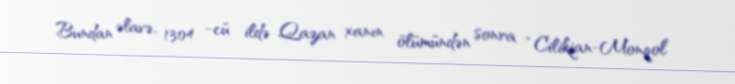
Bundan əlavə, 1304 -cü ildə Qazan xanın ölümündən sonra “Cilikian-Monqol”